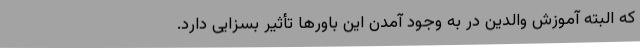
که البته آموزش والدین در به وجود آمدن این باورها تأثیر بسزایی دارد.